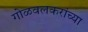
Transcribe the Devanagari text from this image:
गोळवलकरांच्या